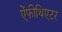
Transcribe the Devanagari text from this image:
ऐंफीथिएटर